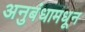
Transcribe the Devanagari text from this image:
अनुबंधामधून